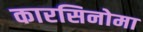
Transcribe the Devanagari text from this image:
कारसिनोमा